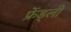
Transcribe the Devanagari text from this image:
फ्रेंड्ली